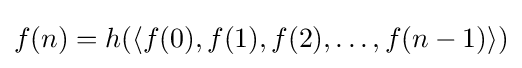
f(n)=h(\langle f(0),f(1),f(2),\ldots ,f(n-1)\rangle )